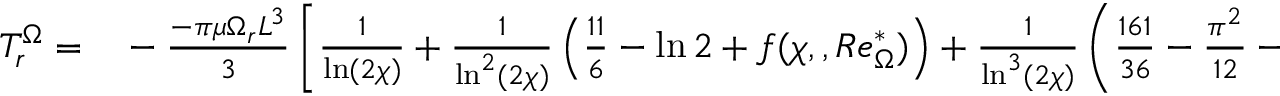
\begin{array} { r l } { T _ { r } ^ { \Omega } = } & { { } - \frac { - \pi \mu \Omega _ { r } L ^ { 3 } } { 3 } \left[ \frac { 1 } { \ln ( 2 \chi ) } + \frac { 1 } { \ln ^ { 2 } ( 2 \chi ) } \left( \frac { 1 1 } { 6 } - \ln 2 + f ( \chi , , R e _ { \Omega } ^ { * } ) \right) + \frac { 1 } { \ln ^ { 3 } ( 2 \chi ) } \left( \frac { 1 6 1 } { 3 6 } - \frac { \pi ^ { 2 } } { 1 2 } - \frac { 1 1 } { 3 } \ln 2 + ( \ln 2 ) ^ { 2 } \right) \right. } \end{array}